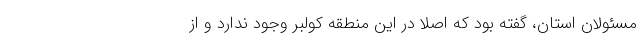
مسئولان استان، گفته بود که اصلا در این منطقه کولبر وجود ندارد و از